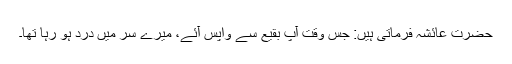
حضرت عائشہ فرماتی ہیں: جس وقت آپ بقیع سے واپس آئے، میرے سر میں درد ہو رہا تھا۔